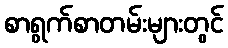
စာရွက်စာတမ်းများတွင်